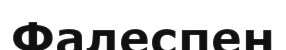
Фалеспен